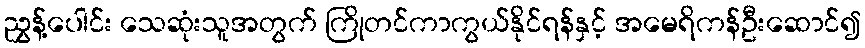
ညွှန့်ပေါင်း သေဆုံးသူအတွက် ကြိုတင်ကာကွယ်နိုင်ရန်နှင့် အမေရိကန်ဦးဆောင်၍